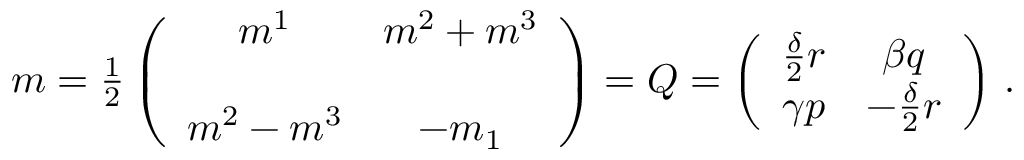
m = { \textstyle \frac { 1 } { 2 } } \left( \begin{array} { c c } { { m ^ { 1 } } } & { { m ^ { 2 } + m ^ { 3 } } } \\ { { } } & { { } } \\ { { m ^ { 2 } - m ^ { 3 } } } & { { - m _ { 1 } } } \end{array} \right) = { \cal Q } = \left( \begin{array} { c c } { { \frac { \delta } { 2 } r } } & { { \beta q } } \\ { { \gamma p } } & { { - \frac { \delta } { 2 } r } } \end{array} \right) \, .